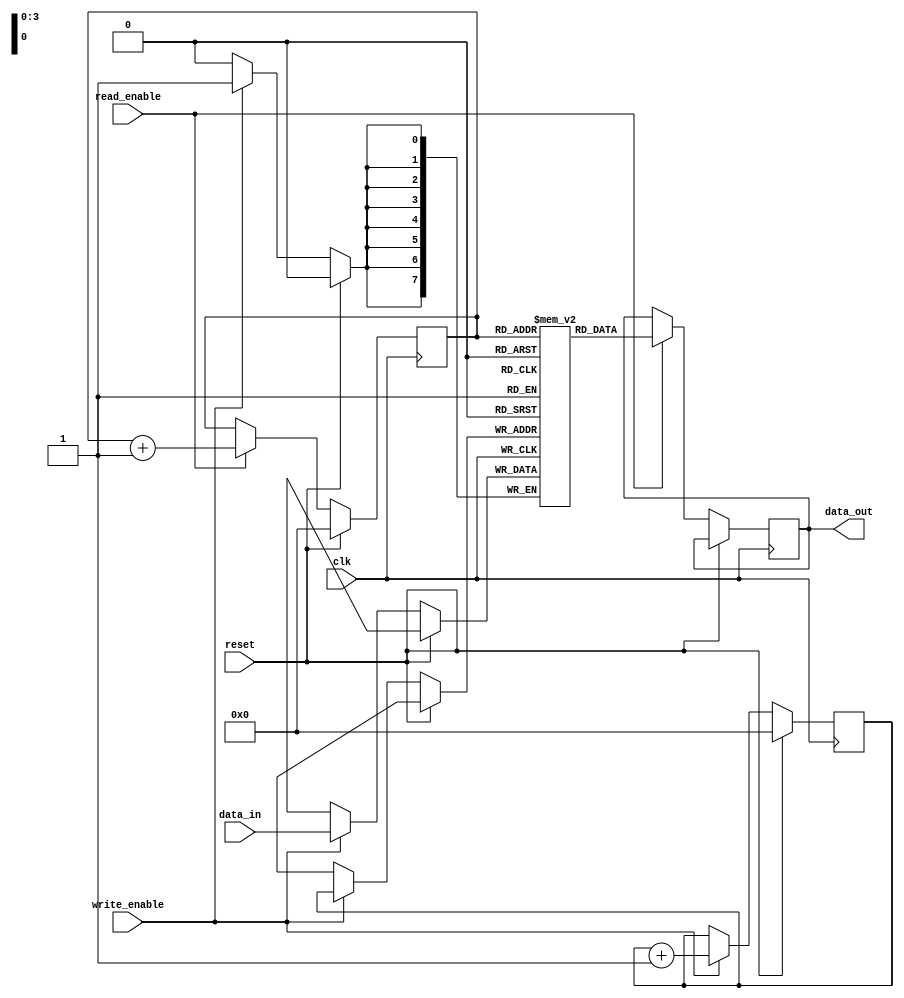
module non_blocking_fifo (
  input wire clk,
  input wire reset,
  input wire [7:0] data_in,
  input wire write_enable,
  output wire [7:0] data_out,
  input wire read_enable
);

  reg [7:0] fifo_buffer [0:15];
  reg [3:0] read_ptr;
  reg [3:0] write_ptr;

  always @ (posedge clk) begin
    if (reset) begin
      read_ptr <= 4'b0000;
      write_ptr <= 4'b0000;
    end else begin
      if (write_enable) begin
        fifo_buffer[write_ptr] <= data_in;
        write_ptr <= write_ptr + 1;
      end
      if (read_enable) begin
        data_out <= fifo_buffer[read_ptr];
        read_ptr <= read_ptr + 1;
      end
    end
  end

endmodule